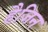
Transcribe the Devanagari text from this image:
हैजिन